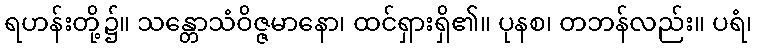
ရဟန်းတို့၌။ သန္တောသံဝိဇ္ဇမာနော၊ ထင်ရှားရှိ၏။ ပုနစ၊ တဘန်လည်း။ ပရံ၊